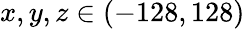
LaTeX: x,y,z\in(-128,128)